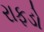
રાફડો